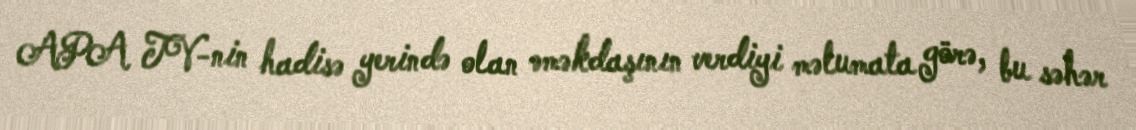
APA TV-nin hadisə yerində olan əməkdaşının verdiyi məlumata görə, bu səhər